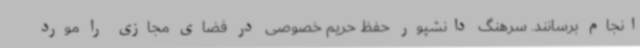
انجام برسانند. سرهنگ دانشپور حفظ حریم خصوصی در فضای مجازی را مورد